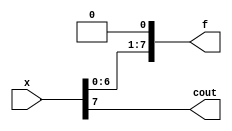
module left_shift(x,f,cout);

input [7:0]x;
output [7:0]f;
output cout;

buf (f[0],0);
buf (f[1],x[0]);
buf (f[2],x[1]);
buf (f[3],x[2]);
buf (f[4],x[3]);
buf (f[5],x[4]);
buf (f[6],x[5]);
buf (f[7],x[6]);

buf (cout,x[7]);
xor (ove ,x[7],x[6]);

endmodule

module test_left_shift;

reg [7:0]_x;
wire [7:0]_f;
wire _cout;

left_shift full (.x(_x),.f(_f),.cout(_cout));

initial begin

_x=8'b00000001;

#20

_x=8'b01100000;

#20

_x=8'b10000000;
end
endmodule